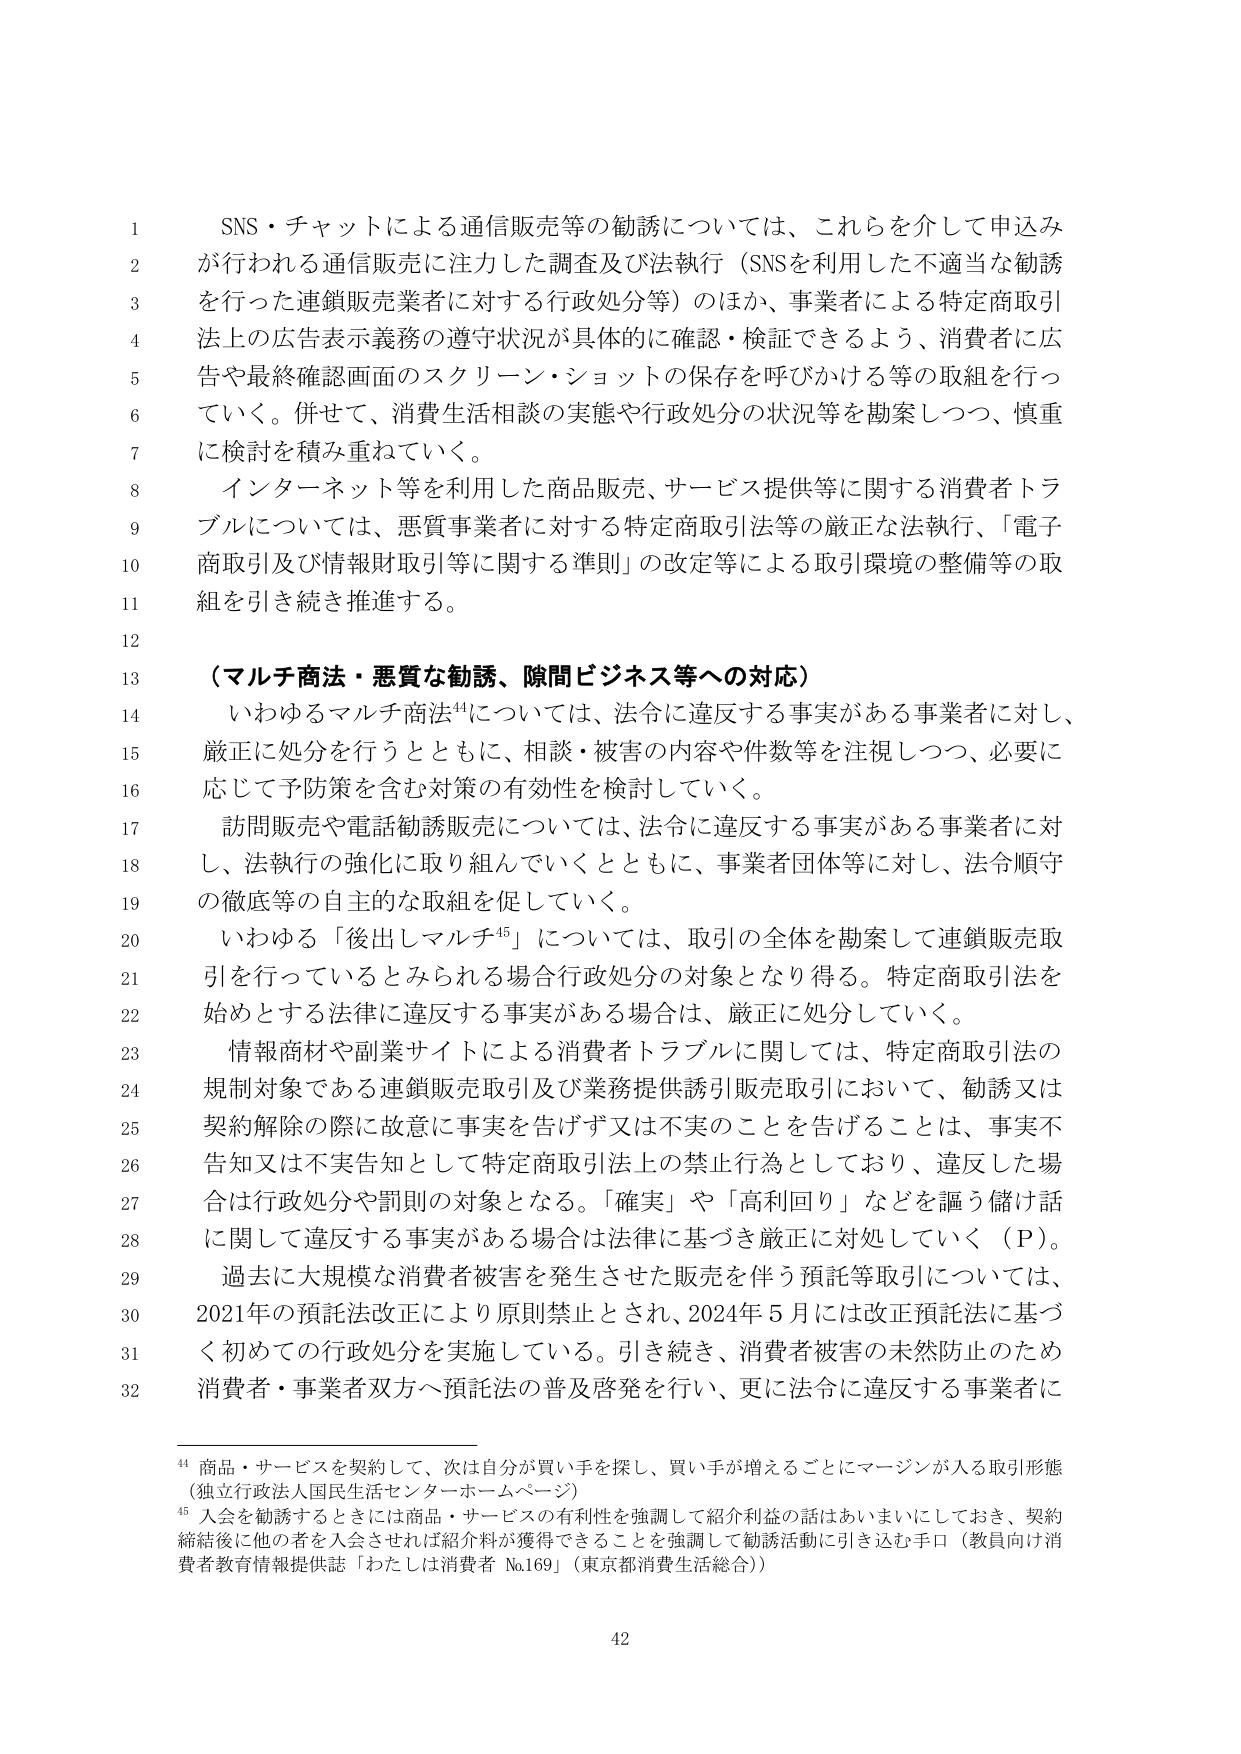
SNS・チャットによる通信販売等の勧誘については、これらを介して申込みが行われる通信販売に注力した調査及び法執行（SNSを利用した不適当な勧誘を行った連鎖販売業者に対する行政処分等）のほか、事業者による特定商取引法上の広告表示義務の遵守状況が具体的に確認・検証できるよう、消費者に広告や最終確認画面のスクリーン・ショットの保存を呼びかける等の取組を行っていく。併せて、消費生活相談の実態や行政処分の状況等を勘案しつつ、慎重に検討を積み重ねていく。

インターネット等を利用した商品販売、サービス提供等に関する消費者トラブルについては、悪質事業者に対する特定商取引法等の厳正な法執行、「電子商取引及び情報財取引等に関する準則」の改定等による取引環境の整備等の取組を引き続き推進する。

（マルチ商法・悪質な勧誘、隙間ビジネス等への対応）

いわゆるマルチ商法⁴⁴については、法令に違反する事実がある事業者に対し、厳正に処分を行うとともに、相談・被害の内容や件数等を注視しつつ、必要に応じて予防策を含む対策の有効性を検討していく。

訪問販売や電話勧誘販売については、法令に違反する事実がある事業者に対し、法執行の強化に取り組んでいくとともに、事業者団体等に対し、法令順守の徹底等の自主的な取組を促していく。

いわゆる「後出しマルチ⁴⁵」については、取引の全体を勘案して連鎖販売取引を行っているとみられる場合行政処分の対象となり得る。特定商取引法を始めとする法律に違反する事実がある場合は、厳正に処分していく。

情報商材や副業サイトによる消費者トラブルに関しては、特定商取引法の規制対象である連鎖販売取引及び業務提供誘引販売取引において、勧誘又は契約解除の際に故意に事実を告げず又は不実のことを告げることは、事実不告知又は不実告知として特定商取引法上の禁止行為としており、違反した場合は行政処分や罰則の対象となる。「確実」や「高利回り」などを謳う儲け話に関して違反する事実がある場合は法律に基づき厳正に対処していく（P）。

過去に大規模な消費者被害を発生させた販売を伴う預託等取引については、2021年の預託法改正により原則禁止とされ、2024年5月には改正預託法に基づく初めての行政処分を実施している。引き続き、消費者被害の未然防止のため消費者・事業者双方へ預託法の普及啓発を行い、更に法令に違反する事業者に

⁴⁴ 商品・サービスを契約して、次は自分が買い手を探し、買い手が増えるごとにマージンが入る取引形態（独立行政法人国民生活センター ホームページ）

⁴⁵ 入会を勧誘するときには商品・サービスの有利性を強調して紹介利益の話はあいまいにしておき、契約締結後に他の者を入会させれば紹介料が獲得できることを強調して勧誘活動に引き込む手口（教員向け消費者教育情報提供誌「わたしは消費者 No.169」（東京都消費生活総合））

42